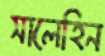
সালেহিন